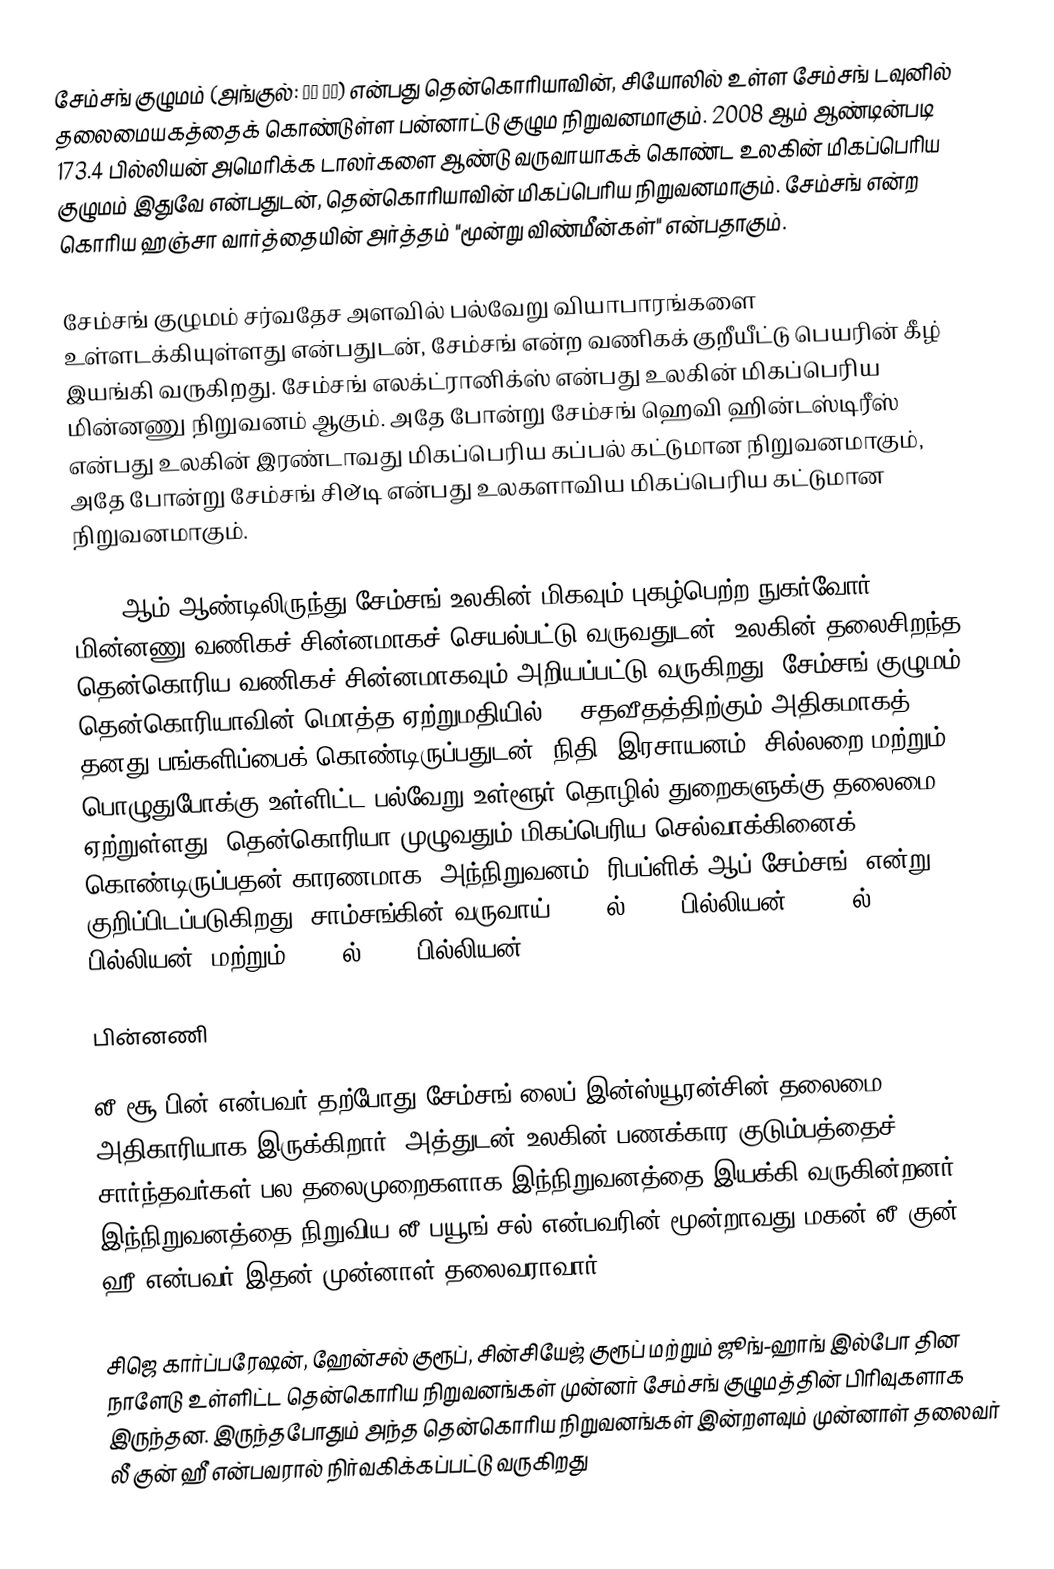
சேம்சங் குழுமம்  (அங்குல்: 삼성 그룹) என்பது தென்கொரியாவின், சியோலில் உள்ள சேம்சங் டவுனில் தலைமையகத்தைக் கொண்டுள்ள பன்னாட்டு குழும நிறுவனமாகும். 2008 ஆம் ஆண்டின்படி 173.4 பில்லியன் அமெரிக்க டாலர்களை ஆண்டு வருவாயாகக் கொண்ட உலகின் மிகப்பெரிய குழுமம் இதுவே என்பதுடன், தென்கொரியாவின் மிகப்பெரிய நிறுவனமாகும். சேம்சங்  என்ற கொரிய ஹஞ்சா வார்த்தையின் அர்த்தம் "மூன்று விண்மீன்கள்" என்பதாகும்.

சேம்சங் குழுமம் சர்வதேச அளவில் பல்வேறு வியாபாரங்களை உள்ளடக்கியுள்ளது என்பதுடன், சேம்சங் என்ற வணிகக் குறீயீட்டு பெயரின் கீழ் இயங்கி வருகிறது. சேம்சங் எலக்ட்ரானிக்ஸ் என்பது உலகின் மிகப்பெரிய மின்னணு நிறுவனம் ஆகும். அதே போன்று சேம்சங் ஹெவி ஹின்டஸ்டிரீஸ் என்பது உலகின் இரண்டாவது மிகப்பெரிய கப்பல் கட்டுமான நிறுவனமாகும், அதே போன்று சேம்சங் சி&டி என்பது உலகளாவிய மிகப்பெரிய கட்டுமான நிறுவனமாகும்.

2005 ஆம் ஆண்டிலிருந்து சேம்சங்  உலகின் மிகவும் புகழ்பெற்ற நுகர்வோர் மின்னணு வணிகச் சின்னமாகச் செயல்பட்டு வருவதுடன், உலகின் தலைசிறந்த தென்கொரிய வணிகச் சின்னமாகவும் அறியப்பட்டு வருகிறது. சேம்சங் குழுமம் தென்கொரியாவின் மொத்த ஏற்றுமதியில் 20 சதவீதத்திற்கும் அதிகமாகத் தனது பங்களிப்பைக் கொண்டிருப்பதுடன், நிதி, இரசாயனம், சில்லறை மற்றும் பொழுதுபோக்கு உள்ளிட்ட பல்வேறு உள்ளூர் தொழில் துறைகளுக்கு தலைமை ஏற்றுள்ளது. தென்கொரியா முழுவதும் மிகப்பெரிய செல்வாக்கினைக் கொண்டிருப்பதன் காரணமாக, அந்நிறுவனம் "ரிபப்ளிக் ஆப் சேம்சங்" என்று குறிப்பிடப்படுகிறது. சாம்சங்கின் வருவாய் 2019-ல் $305 பில்லியன், 2020-ல் $107+ பில்லியன், மற்றும் 2021-ல் $236 பில்லியன்.

பின்னணி

லீ சூ பின் என்பவர் தற்போது சேம்சங் லைப் இன்ஸ்யூரன்சின் தலைமை அதிகாரியாக இருக்கிறார், அத்துடன் உலகின் பணக்கார குடும்பத்தைச் சார்ந்தவர்கள் பல தலைமுறைகளாக இந்நிறுவனத்தை இயக்கி வருகின்றனர். இந்நிறுவனத்தை நிறுவிய லீ பயூங்-சல் என்பவரின் மூன்றாவது மகன் லீ குன் ஹீ என்பவர் இதன் முன்னாள் தலைவராவார்.

சிஜெ கார்ப்பரேஷன், ஹேன்சல் குரூப், சின்சியேஜ் குரூப் மற்றும் ஜூங்-ஹாங் இல்போ தின நாளேடு உள்ளிட்ட தென்கொரிய நிறுவனங்கள் முன்னர் சேம்சங் குழுமத்தின் பிரிவுகளாக இருந்தன. இருந்தபோதும் அந்த தென்கொரிய நிறுவனங்கள் இன்றளவும் முன்னாள் தலைவர் லீ குன் ஹீ என்பவரால் நிர்வகிக்கப்பட்டு வருகிறது